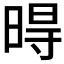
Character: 𣈜